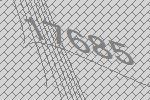
17685